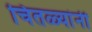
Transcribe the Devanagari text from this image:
चितळ्यांनी